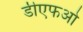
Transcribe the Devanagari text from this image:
डीएफओ